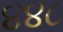
૪૪૮